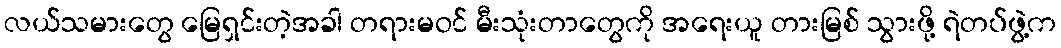
လယ်သမားတွေ မြေရှင်းတဲ့အခါ တရားမဝင် မီးသုံးတာတွေကို အရေးယူ တားမြစ် သွားဖို့ ရဲတပ်ဖွဲ့က